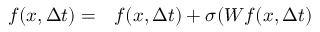
\begin{array} { r l } { f ( x , \Delta t ) = } & { { } f ( x , \Delta t ) + \sigma ( W f ( x , \Delta t ) } \end{array}